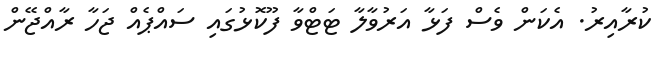
ކުރާއިރު. އެކަން ވެސް ފަޅާ އަރުވާލާ ޓަޓްވާ ފޫކޮޅުގައި ސައްޕެއް ޖަހާ ރާއްޖޭން